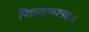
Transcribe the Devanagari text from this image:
पित्तकफापहः।